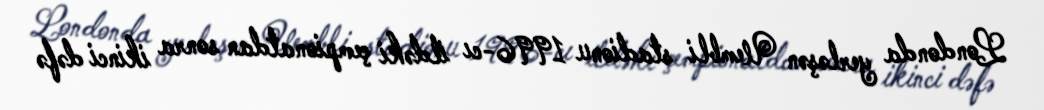
Londonda yerləşən Uembli stadionu 1996-cı ildəki çempionatdan sonra ikinci dəfə